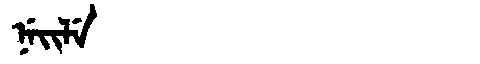
Manchu: ᠨᡝᡳᠯᡝ
Romanization: NEILE